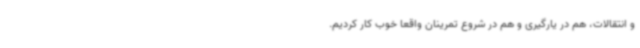
و انتقالات، هم در یارگیری و هم در شروع تمرینان واقعا خوب کار کردیم.